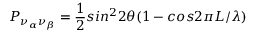
P _ { \nu _ { \alpha } \nu _ { \beta } } = \frac { 1 } { 2 } s i n ^ { 2 } 2 \theta ( 1 - c o s 2 \pi L / \lambda )